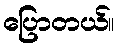
ပြောတယ်။